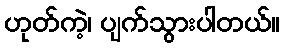
ဟုတ်ကဲ့၊ ပျက်သွားပါတယ်။